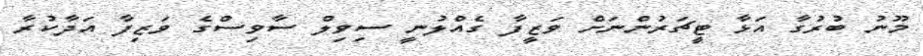
މޫނު ބުރުގާ އަޅާ ޓީޗަރުންނަށް ވަޒީފާ ގެއްލުނީ ސިވިލް ސާވިސްގެ ވަޒިފާ އަދާކުރާ